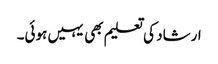
ارشاد کی تعلیم بھی یہیں ہوئی۔